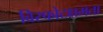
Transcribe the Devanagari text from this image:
विस्फोटक्षमता